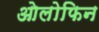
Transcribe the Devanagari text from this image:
ओलोफिन